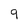
Character: 9